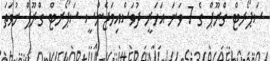
ސަޕޯރޓް ގްރޫޕް ގެ 7 ވަނަ އަހަރީ ދުވަސްއިމަޖެންސީ ސަޕޯރޓް ގްރޫޕް ނުވަތަ